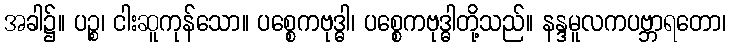
အခါ၌။ ပဉ္စ၊ ငါးဆူကုန်သော။ ပစ္စေကဗုဒ္ဓါ၊ ပစ္စေကဗုဒ္ဓါတို့သည်။ နန္ဒမူလကပဗ္ဘာရတော၊